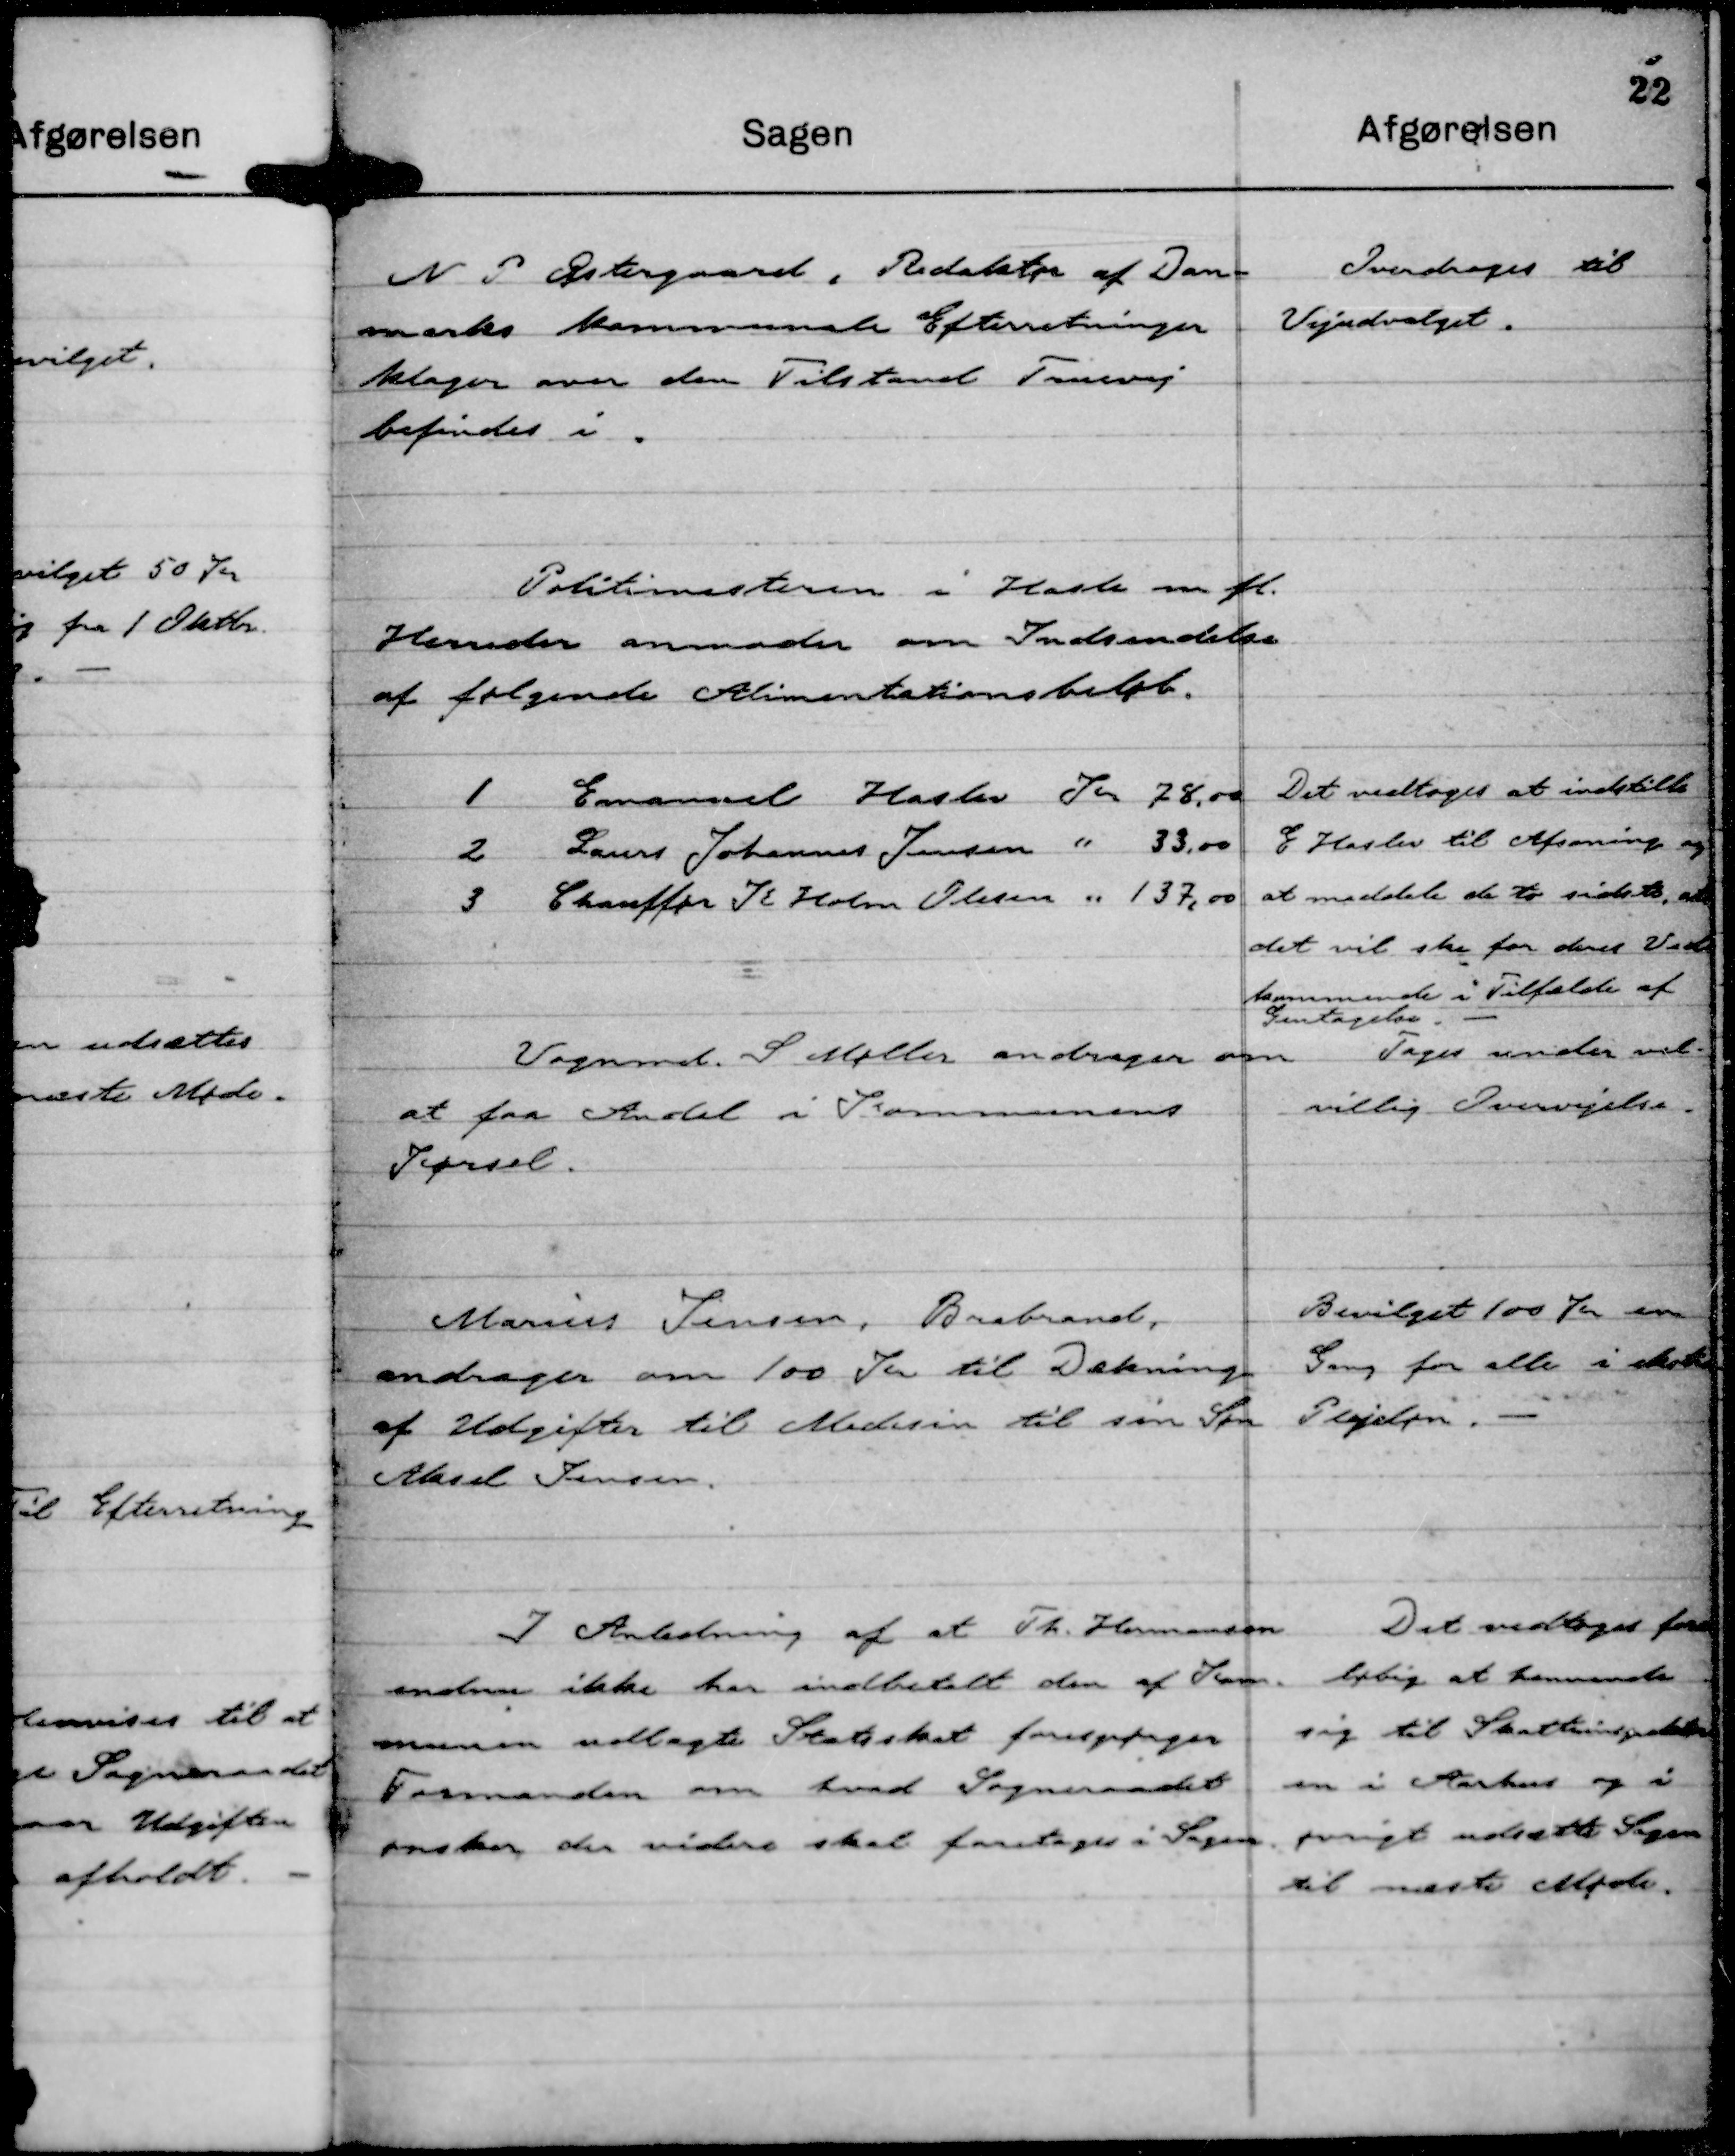
Transskription:
N P Østergaard, Redaktør af Dan-
marks kommunale Efterretninger
klager over den Tilstand Truevej
befindes i.

Overdroges til
Vejudvalget.

Politimesteren i Hasle m fl.
Herreder anmoder om Indsendelse
af følgende Alimentationsbeløb.

1 Emanuel Haslev Kr 78,00
2 Laurs Johannes Jensen " 33,00
3 Chauffør K Holm Olesen " 137,00

Det vedtoges at indstille
E Haslev til Afsoning og
at meddele de to sidste, at
det vil ske for deres Ved-
kommende i Tilfælde af
Gentagelse.

Vognmand. S Møller andrager om
at faa Andel i Kommunens
Kørsel.

Tages under vel-
villig Overvejelse.

Marius Jensen, Brabrand,
andrager om 100 Kr til Dækning
af Udgifter til Medisin til sin Søn
Aksel Jensen.

Bevilget 100 Kr en
Gang for alle i ekstra
Plejeløn.

I Anledning af at Th. Hermansen
endnu ikke har indbetalt den af Kom-
munen udlagte Statsskat forespørger
Formanden om hvad Sogneraadet
ønsker der videre skal foretages i Sagen

Det vedtoges fore-
løbig at henvende
sig til Skatteinspektør
en i Aarhus og i
øvrigt udsætte Sagen
til næste Møde.